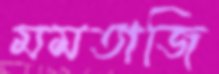
মমতাজি